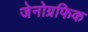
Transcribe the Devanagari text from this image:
जेनोग्रफिक